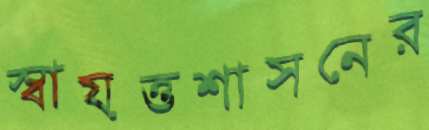
স্বায়ত্তশাসনের